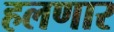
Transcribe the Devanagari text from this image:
हलणार